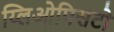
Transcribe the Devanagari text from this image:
य्लिओपिसटो